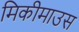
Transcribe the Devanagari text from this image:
मिकीमाउस